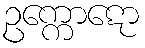
ဥက္ကောဋော